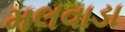
મલવાડા